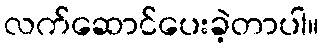
လက်ဆောင်ပေးခဲ့တာပါ။